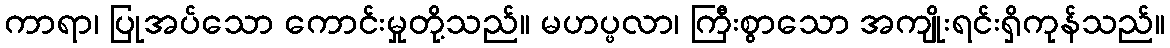
ကာရာ၊ ပြုအပ်သော ကောင်းမှုတို့သည်။ မဟပ္ဖလာ၊ ကြီးစွာသော အကျိုးရင်းရှိကုန်သည်။